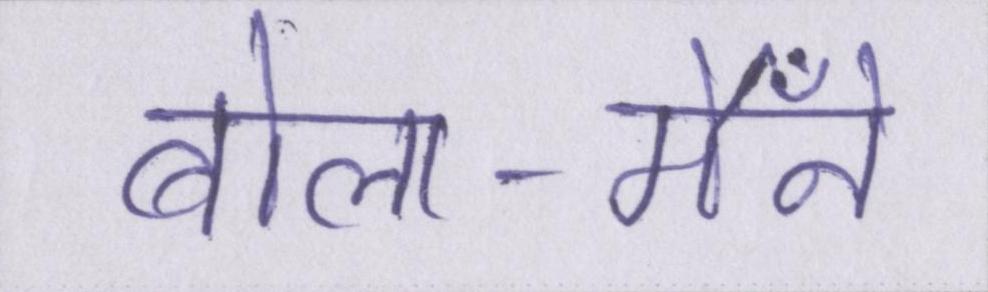
बोला-मैँने